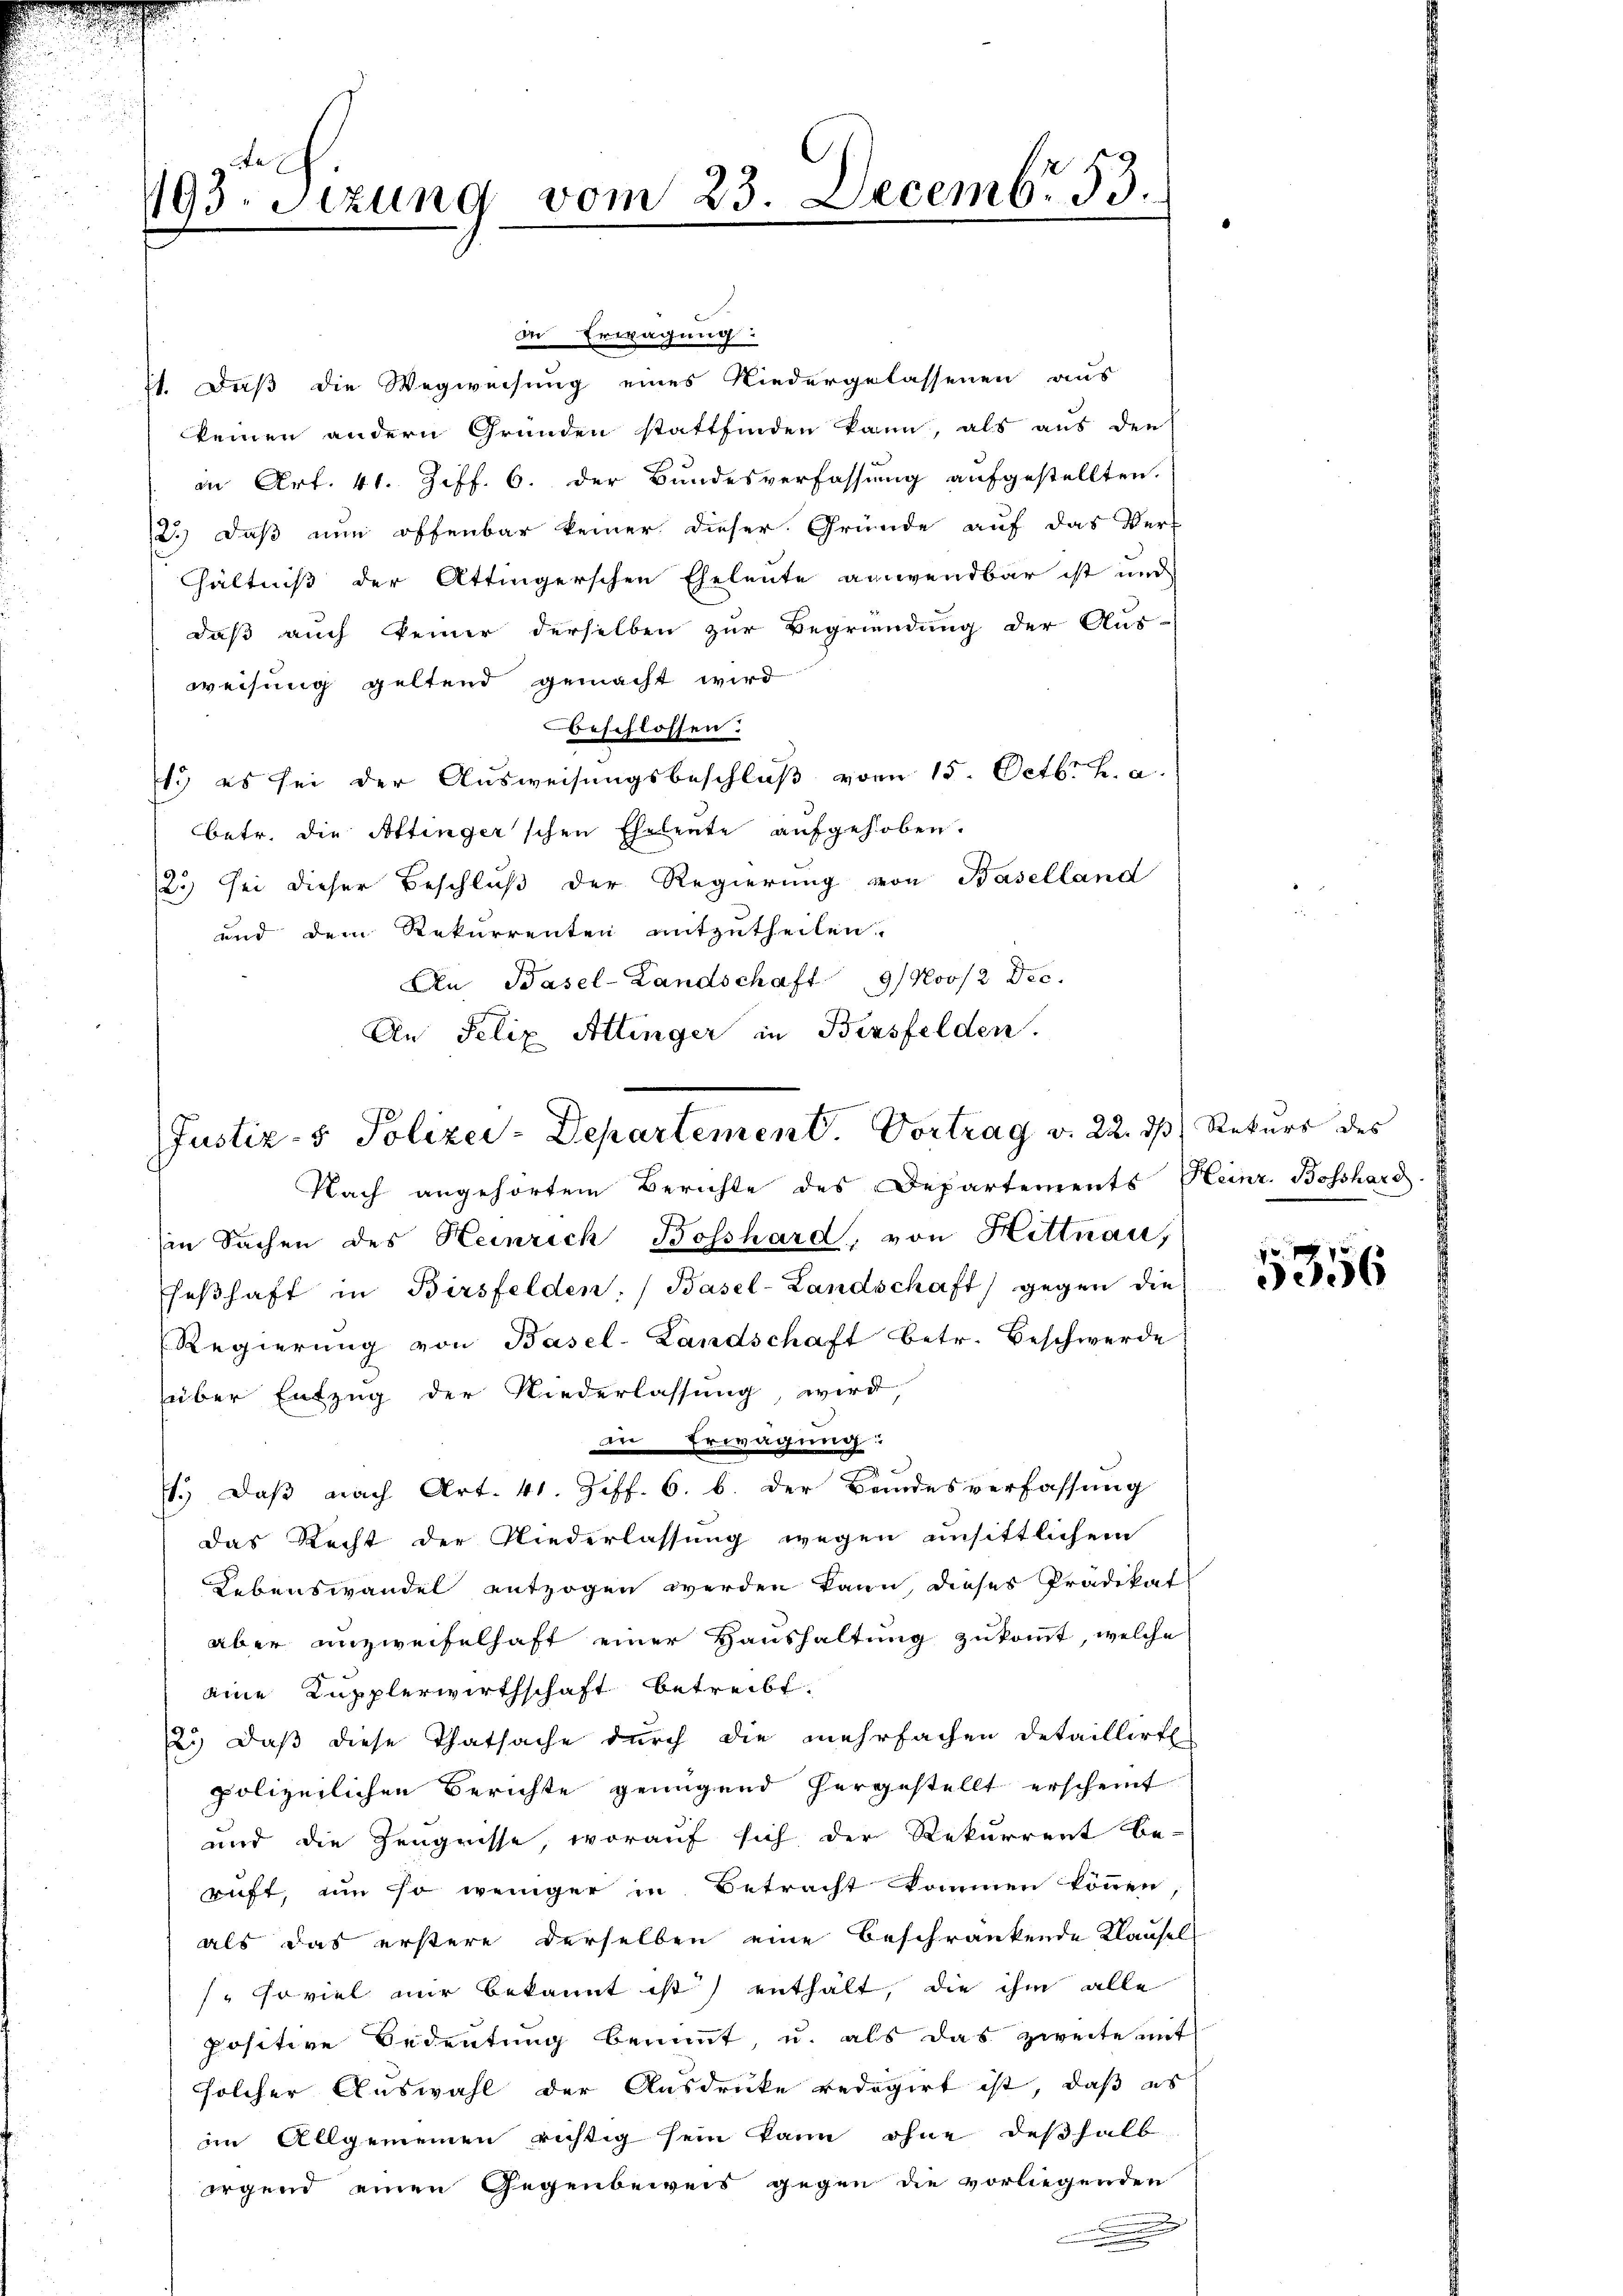
193. Sitzung vom 23. Decemb. 53.

in Erwägung:
71. Daß die Wegweisung eines Niedergelassenen aus
keinen andern Gründen stattfinden kann, als aus den
an Art. 41. Ziff. 6. der Bundesverfassung aufgestellten.
12.) Daß nun offenbar keiner dieser Gründe auf das Ver-
hhältniß der Attingerschen Eheleute anwendbar ist und
daß auch keiner derselben zur Begründung der Aus-
weisung geltend gemacht wird
beschlossen.
1. es sei der Ausweisungsbeschluß vom 15. Octbr. h. a.
betr. die Attinger'schen Eheleute aufgehoben.
2.) Sei dieser Beschluß der Regierung von Baselland
und dem Rekurrenten mitzutheilen.
An Basel-Landschaft 9/Nov/2 Dec.
An Felix Attinger in Bersfelden.

Nach angehörten Berichte des Departements Heinr. Bosshard.
in Sachen des Heinrich Bosshard, von Hittnau,
feßhaft in Birsfelden, (Basel-Landschaft gegen die
Regierŭng von Basel-Landschaft betr. Beschwerde
über Entzug der Niederlassung, wird,
das Recht der Niederlassung wegen unsittlichem
Lebenswandel entzogen werden kann, dieses Prädikat
aber unzweifelhaft einer Haushaltung zukommt, welche
eine Kupplerwirthschaft betreibt.
2.) Daß diese Thatsache durch die mehrfachen Detaillirten
polizeilichen Berichte genügend hergestellt erscheint
und die Zeugnisse, worauf sich der Rekurrent be-
ruft, um so weniger in Betracht kommen können
als das erstere derselben eine beschränkende Klausel
soviel mir bekannt ist) enthält, die ihm alle
positive Bedeutung benannt, u. als das zweite mit
solcher Auswahl der Ausdrucke redigirt ist, daß es
im Allgemeinen richtig sein kann ohne deßhalb-
irgend einen Gegenbeweis gegen die vorliegenden
.

Justiz- & Polizei-Departement. Vortrag v. 22. ds Rekurs des

an Erwägung:
1.) Daß nach Art. 41. Ziff. 6. b. der Bundesverfassung

0
056